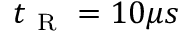
t _ { \mathrm { ~ R ~ } } = 1 0 \mu s